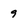
Character: 9